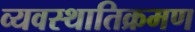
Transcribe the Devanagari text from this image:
व्यवस्थातिक्रमण